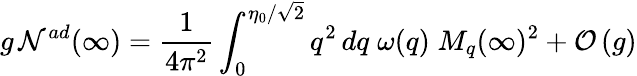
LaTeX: g\, {\cal N}^{ad}(\infty)={\frac{1}{4\pi^{2}}}\int_{0}^{\eta_{0}/\sqrt 2}q^{2}\, dq\; \omega(q)\; M_{q}(\infty)^{2}+{\cal O}\left(g\right)